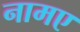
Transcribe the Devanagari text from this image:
नामए